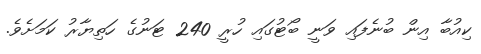
ކިއުބާ އިން ބުނެފައި ވަނީ ބޯޓުގައި ހުރީ 240 ޓަނުގެ ހަތިޔާރު ކަމަށެވެ.